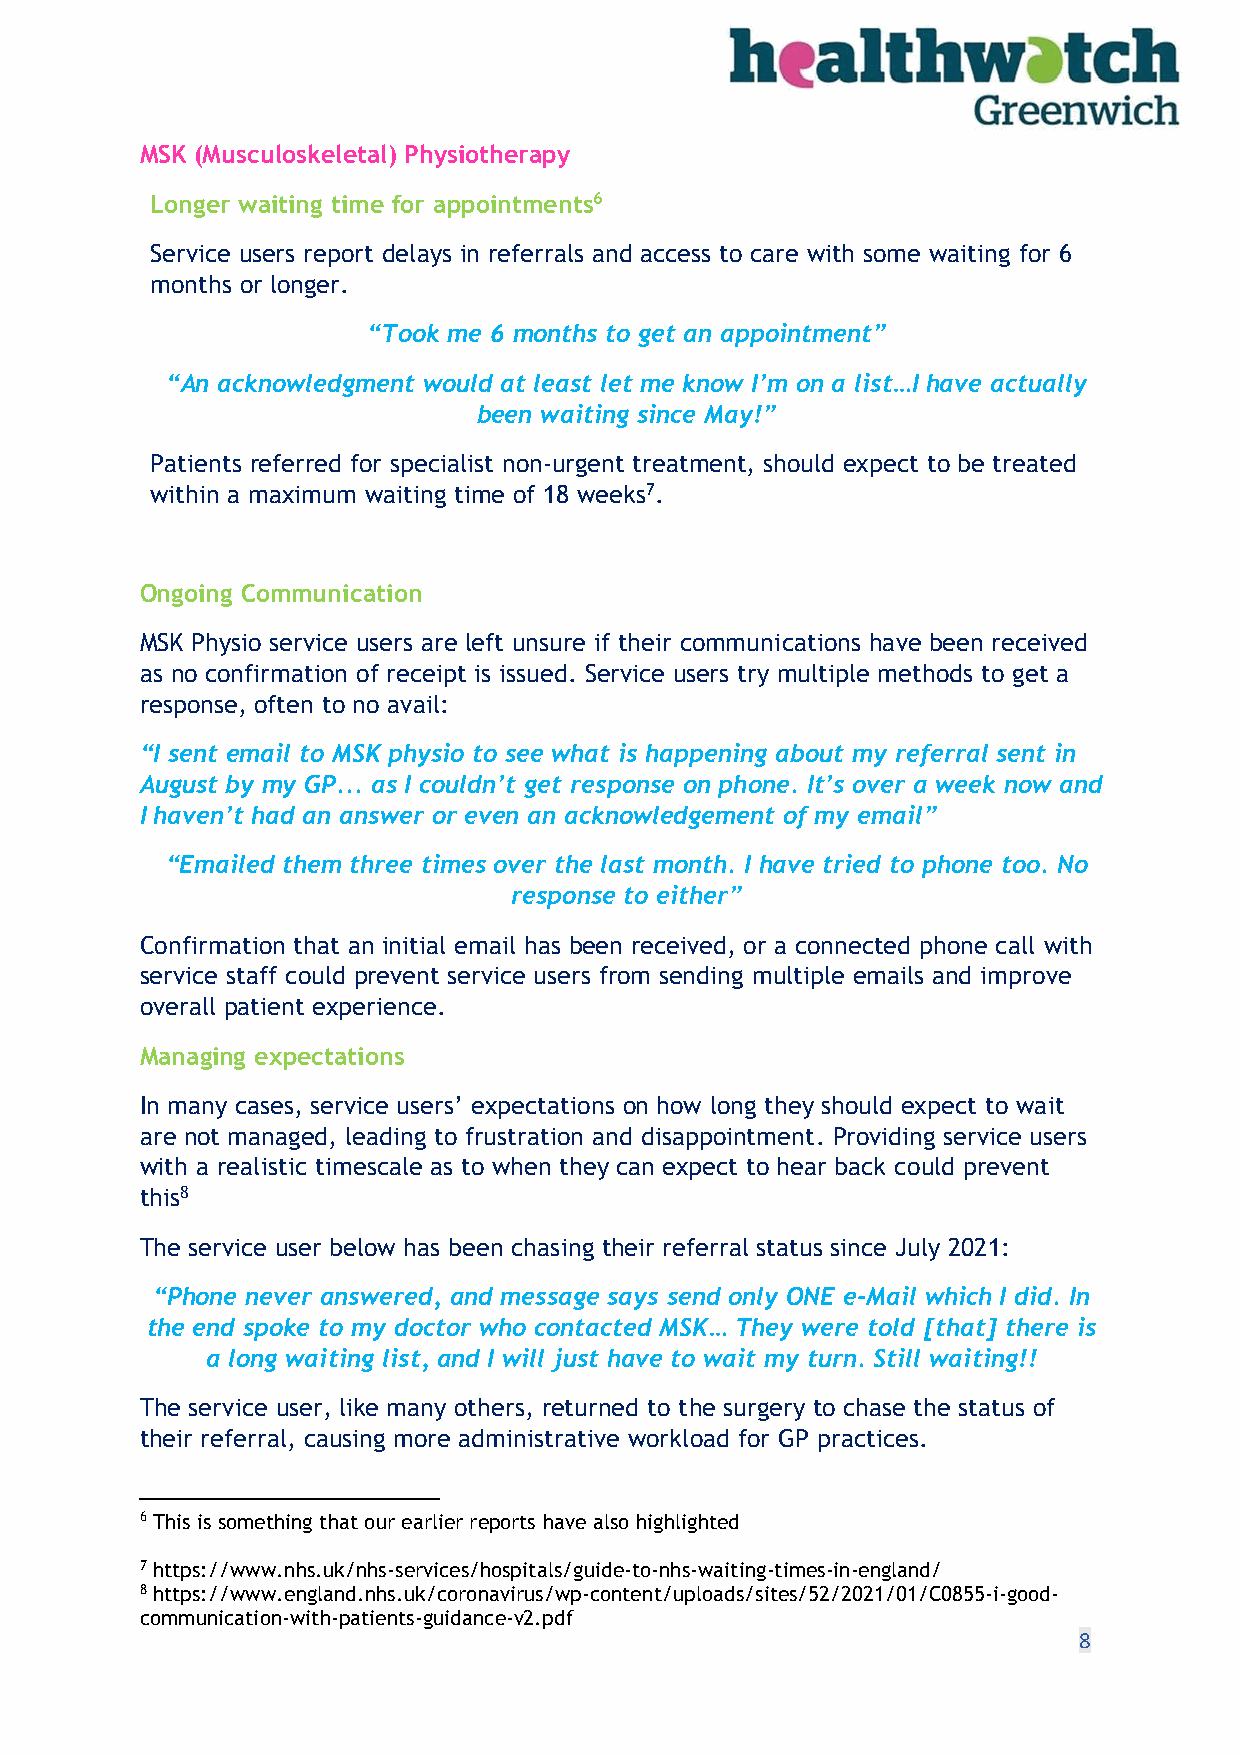
MSK (Musculoskeletal) Physiotherapy
 Longer waiting time for appointments6
 Service users report delays in referrals and access to care with some waiting for 6
 months or longer.
 “Took me 6 months to get an appointment”
 “An acknowledgment would at least let me know I’m on a list…I have actually
 been waiting since May!”
 Patients referred for specialist non-urgent treatment, should expect to be treated
 within a maximum waiting time of 18 weeks7.
 Ongoing Communication
 MSK Physio service users are left unsure if their communications have been received
 as no confirmation of receipt is issued. Service users try multiple methods to get a
 response, often to no avail:
 “I sent email to MSK physio to see what is happening about my referral sent in
 August by my GP... as I couldn’t get response on phone. It’s over a week now and
 I haven’t had an answer or even an acknowledgement of my email”
 “Emailed them three times over the last month. I have tried to phone too. No
 response to either”
 Confirmation that an initial email has been received, or a connected phone call with
 service staff could prevent service users from sending multiple emails and improve
 overall patient experience.
 Managing expectations
 In many cases, service users’ expectations on how long they should expect to wait
 are not managed, leading to frustration and disappointment. Providing service users
 with a realistic timescale as to when they can expect to hear back could prevent
 this8
 The service user below has been chasing their referral status since July 2021:
 “Phone never answered, and message says send only ONE e-Mail which I did. In
 the end spoke to my doctor who contacted MSK… They were told [that] there is
 a long waiting list, and I will just have to wait my turn. Still waiting!!
 The service user, like many others, returned to the surgery to chase the status of
 their referral, causing more administrative workload for GP practices.
 6 This is something that our earlier reports have also highlighted
 7 https://www.nhs.uk/nhs-services/hospitals/guide-to-nhs-waiting-times-in-england/
 8 https://www.england.nhs.uk/coronavirus/wp-content/uploads/sites/52/2021/01/C0855-i-good-
 communication-with-patients-guidance-v2.pdf
 8